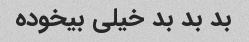
بد بد بد خیلی بیخوده